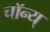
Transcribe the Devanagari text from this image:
चॉन्य्